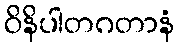
ဝိနိပါတဂတာနံ